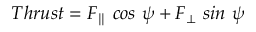
T h r u s t = F _ { \parallel } \ c o s \ \psi + F _ { \bot } \ s i n \ \psi